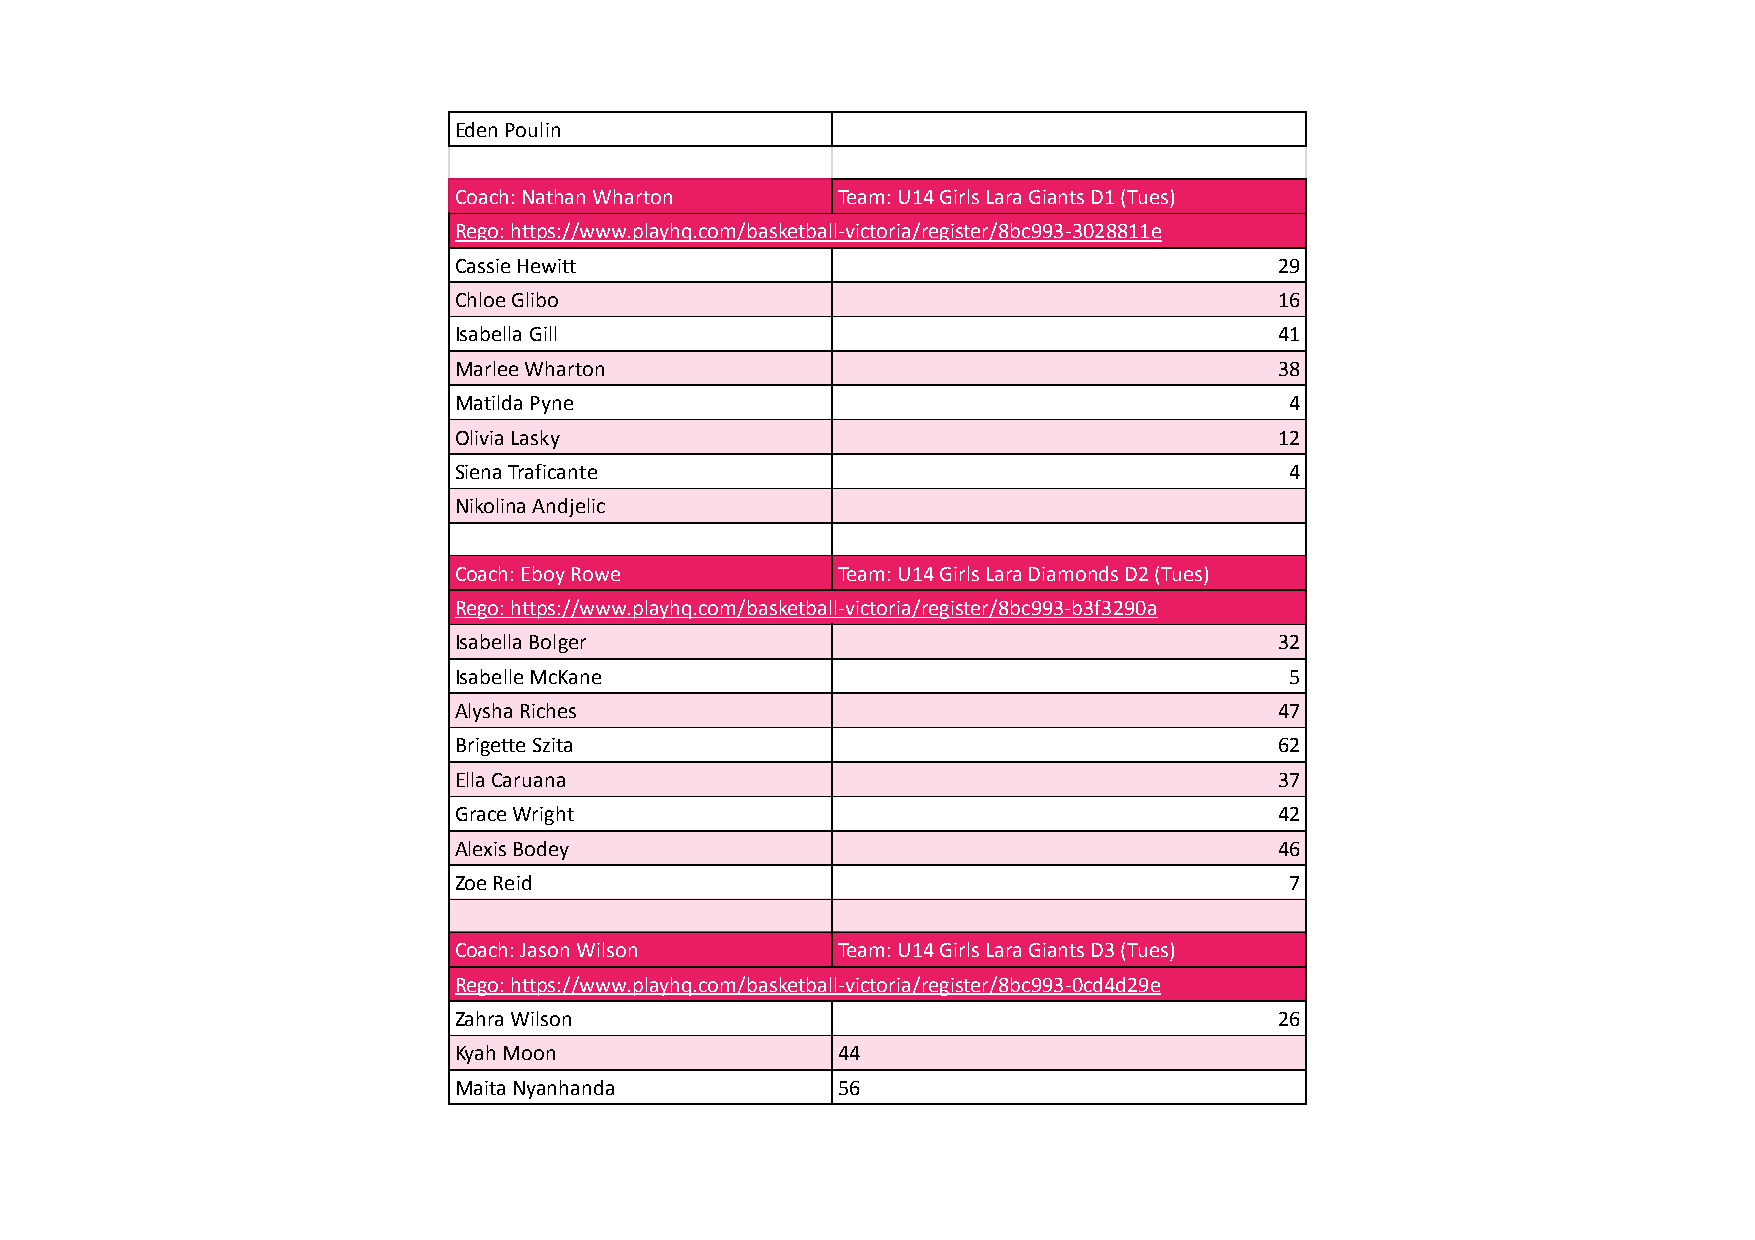
Eden Poulin
 Coach: Nathan Wharton    Team: U14 Girls Lara Giants D1 (Tues)
 Rego: https://www.playhq.com/basketball-victoria/register/8bc993-3028811e
 Cassie Hewitt                                          29
 Chloe Glibo                                            16
 Isabella Gill                                          41
 Marlee Wharton                                         38
 Matilda Pyne                                           4
 Olivia Lasky                                           12
 Siena Traficante                                       4
 Nikolina Andjelic
 Coach: Eboy Rowe         Team: U14 Girls Lara Diamonds D2 (Tues)
 Rego: https://www.playhq.com/basketball-victoria/register/8bc993-b3f3290a
 Isabella Bolger                                        32
 Isabelle McKane                                        5
 Alysha Riches                                          47
 Brigette Szita                                         62
 Ella Caruana                                           37
 Grace Wright                                           42
 Alexis Bodey                                           46
 Zoe Reid                                               7
 Coach: Jason Wilson      Team: U14 Girls Lara Giants D3 (Tues)
 Rego: https://www.playhq.com/basketball-victoria/register/8bc993-0cd4d29e
 Zahra Wilson                                           26
 Kyah Moon                44
 Maita Nyanhanda          56